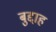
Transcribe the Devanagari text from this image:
बुद्दाह